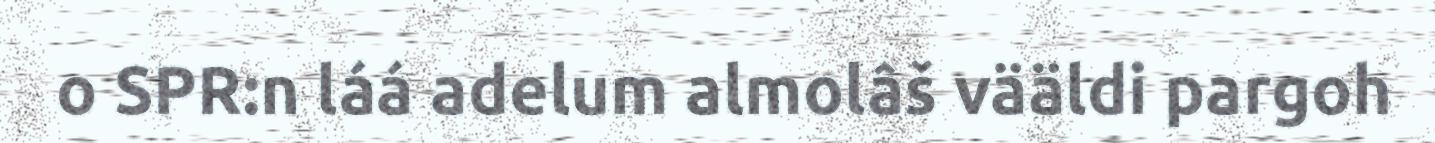
o SPR:n láá adelum almolâš vääldi pargoh